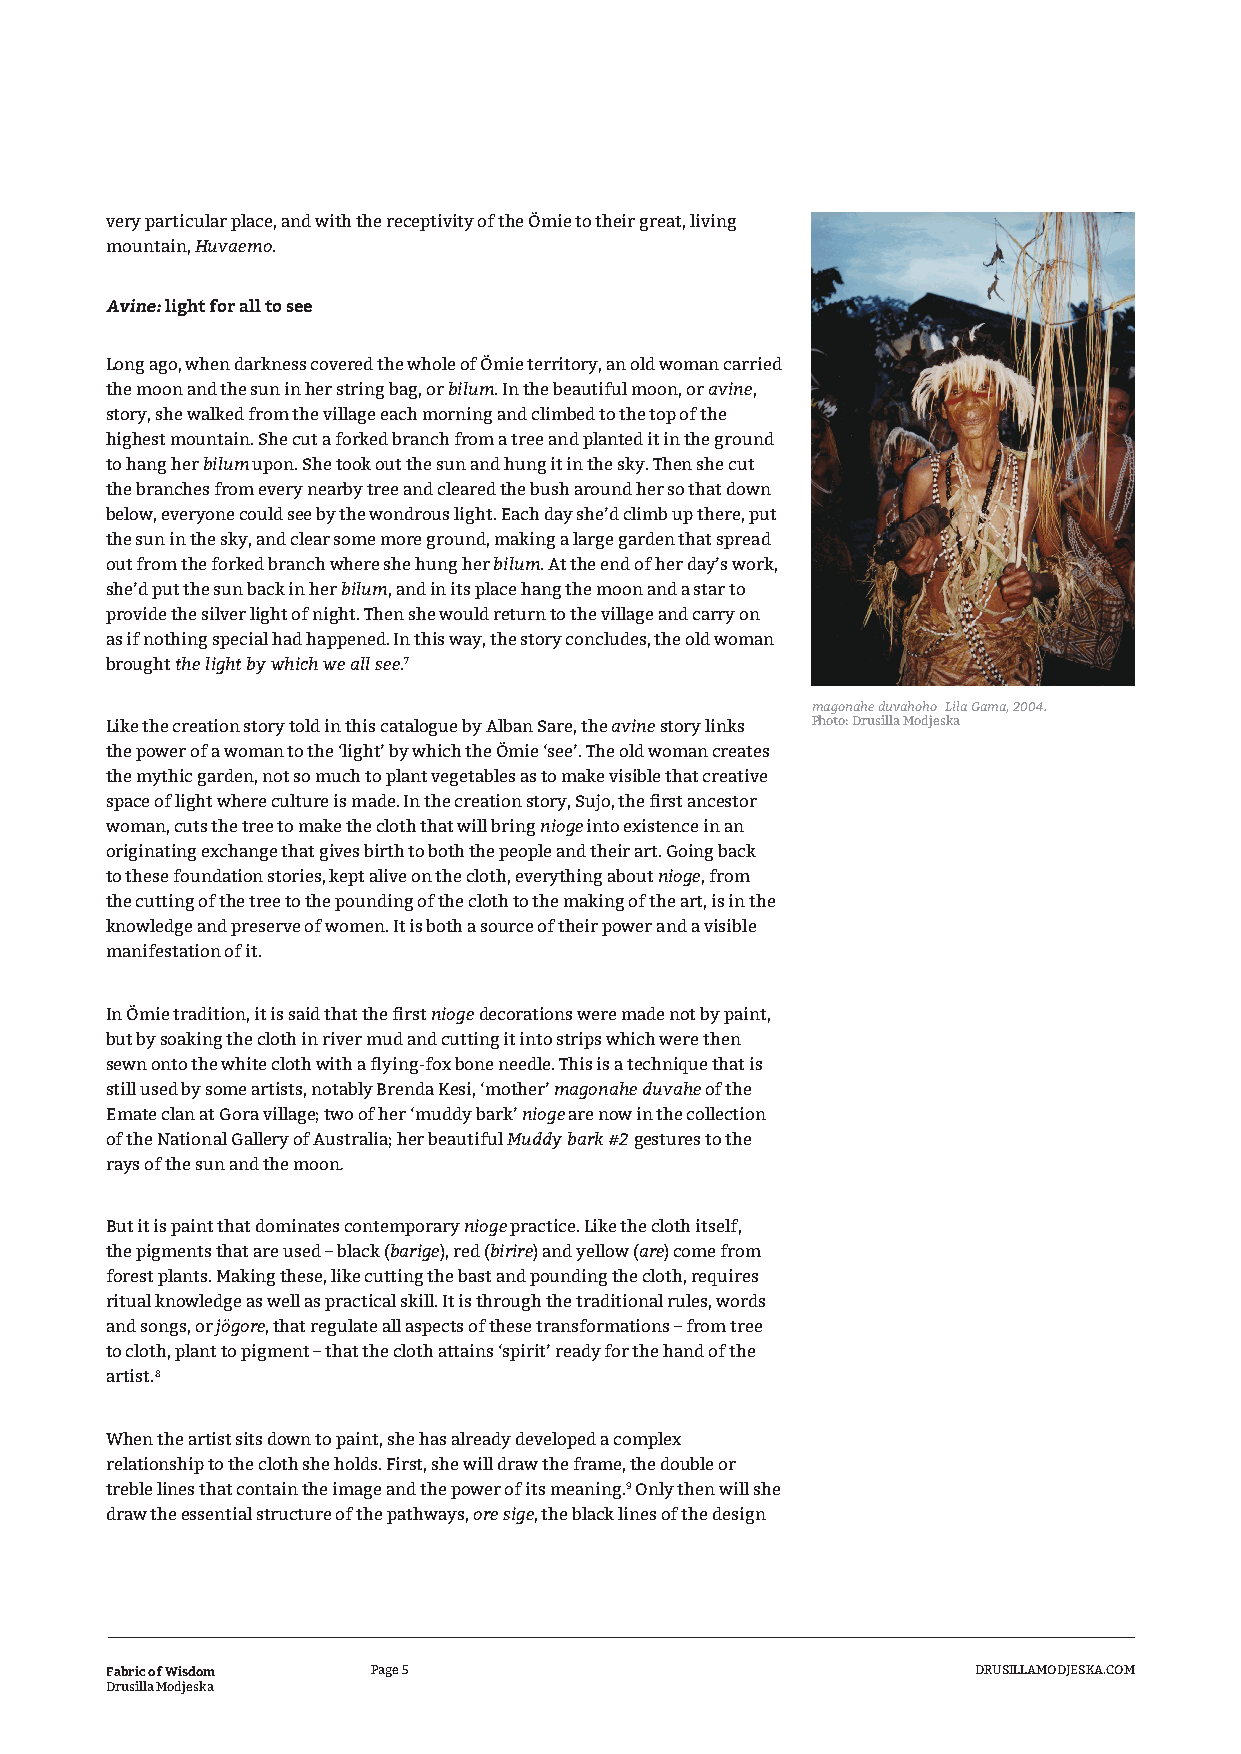
very particular place, and with the receptivity of the Ömie to their great, living
 mountain, Huvaemo.
 Avine: light for all to see
 Long ago, when darkness covered the whole of Ömie territory, an old woman carried
 the moon and the sun in her string bag, or bilum. In the beautiful moon, or avine,
 story, she walked from the village each morning and climbed to the top of the
 highest mountain. She cut a forked branch from a tree and planted it in the ground
 to hang her bilum upon. She took out the sun and hung it in the sky. Then she cut
 the branches from every nearby tree and cleared the bush around her so that down
 below, everyone could see by the wondrous light. Each day she’d climb up there, put
 the sun in the sky, and clear some more ground, making a large garden that spread
 out from the forked branch where she hung her bilum. At the end of her day’s work,
 she’d put the sun back in her bilum, and in its place hang the moon and a star to
 provide the silver light of night. Then she would return to the village and carry on
 as if nothing special had happened. In this way, the story concludes, the old woman
 brought the light by which we all see.7
 magonahe duvahoho Lila Gama, 2004.
 Like the creation story told in this catalogue by Alban Sare, the avine story links Photo: Drusilla Modjeska
 the power of a woman to the ‘light’ by which the Ömie ‘see’. The old woman creates
 the mythic garden, not so much to plant vegetables as to make visible that creative
 space of light where culture is made. In the creation story, Sujo, the first ancestor
 woman, cuts the tree to make the cloth that will bring nioge into existence in an
 originating exchange that gives birth to both the people and their art. Going back
 to these foundation stories, kept alive on the cloth, everything about nioge, from
 the cutting of the tree to the pounding of the cloth to the making of the art, is in the
 knowledge and preserve of women. It is both a source of their power and a visible
 manifestation of it.
 In Ömie tradition, it is said that the first nioge decorations were made not by paint,
 but by soaking the cloth in river mud and cutting it into strips which were then
 sewn onto the white cloth with a flying-fox bone needle. This is a technique that is
 still used by some artists, notably Brenda Kesi, ‘mother’ magonahe duvahe of the
 Emate clan at Gora village; two of her ‘muddy bark’ nioge are now in the collection
 of the National Gallery of Australia; her beautiful Muddy bark #2 gestures to the
 rays of the sun and the moon.
 But it is paint that dominates contemporary nioge practice. Like the cloth itself,
 the pigments that are used – black (barige), red (birire) and yellow (are) come from
 forest plants. Making these, like cutting the bast and pounding the cloth, requires
 ritual knowledge as well as practical skill. It is through the traditional rules, words
 and songs, or jögore, that regulate all aspects of these transformations – from tree
 to cloth, plant to pigment – that the cloth attains ‘spirit’ ready for the hand of the
 artist.8
 When the artist sits down to paint, she has already developed a complex
 relationship to the cloth she holds. First, she will draw the frame, the double or
 treble lines that contain the image and the power of its meaning.9 Only then will she
 draw the essential structure of the pathways, ore sige, the black lines of the design
 Fabric of Wisdom  Page 5                                  DRUSILLAMODJESKA.COM
 Drusilla Modjeska